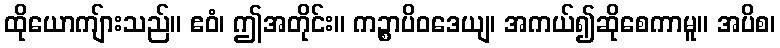
ထိုယောကျ်ားသည်။ ဧဝံ၊ ဤအတိုင်း။ ကဉ္စာပိဝဒေယျ၊ အကယ်၍ဆိုစေကာမူ။ အပိစ၊